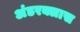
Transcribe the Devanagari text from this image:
अंडरक्लास